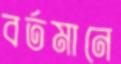
বর্তমানে